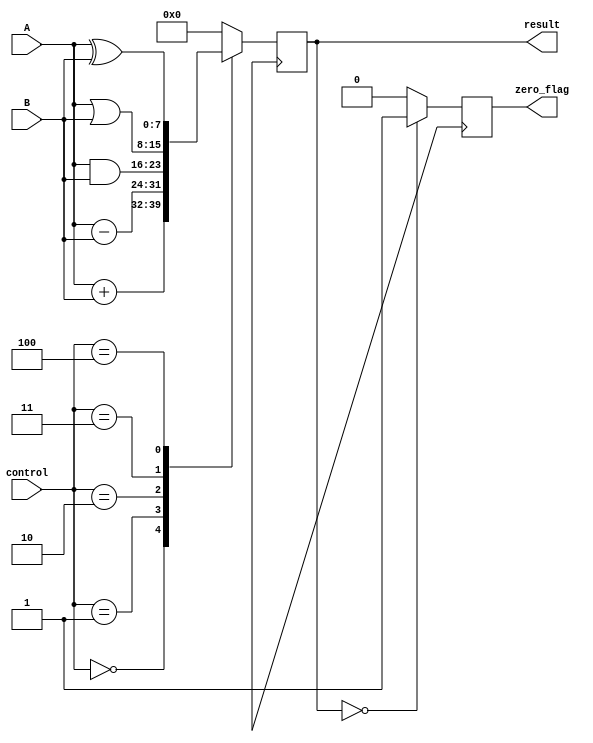
module ALU(
    input [7:0] A,
    input [7:0] B,
    input [2:0] control,
    output reg [7:0] result,
    output reg zero_flag
);

// Addition block
always @ (posedge clk) begin
    case (control)
        3'b000: result <= A + B; // Addition
        3'b001: result <= A - B; // Subtraction
        3'b010: result <= A & B; // Bitwise AND
        3'b011: result <= A | B; // Bitwise OR
        3'b100: result <= A ^ B; // Bitwise XOR
        default: result <= 8'b0;  // Default to zero
    endcase
end

// Zero flag generation
always @ (posedge clk) begin
    if (result == 8'b0)
        zero_flag <= 1;
    else
        zero_flag <= 0;
end

endmodule